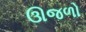
ઊજળો